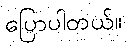
ပြောပါတယ်။